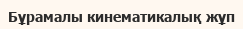
Бұрамалы кинематикалық жұп